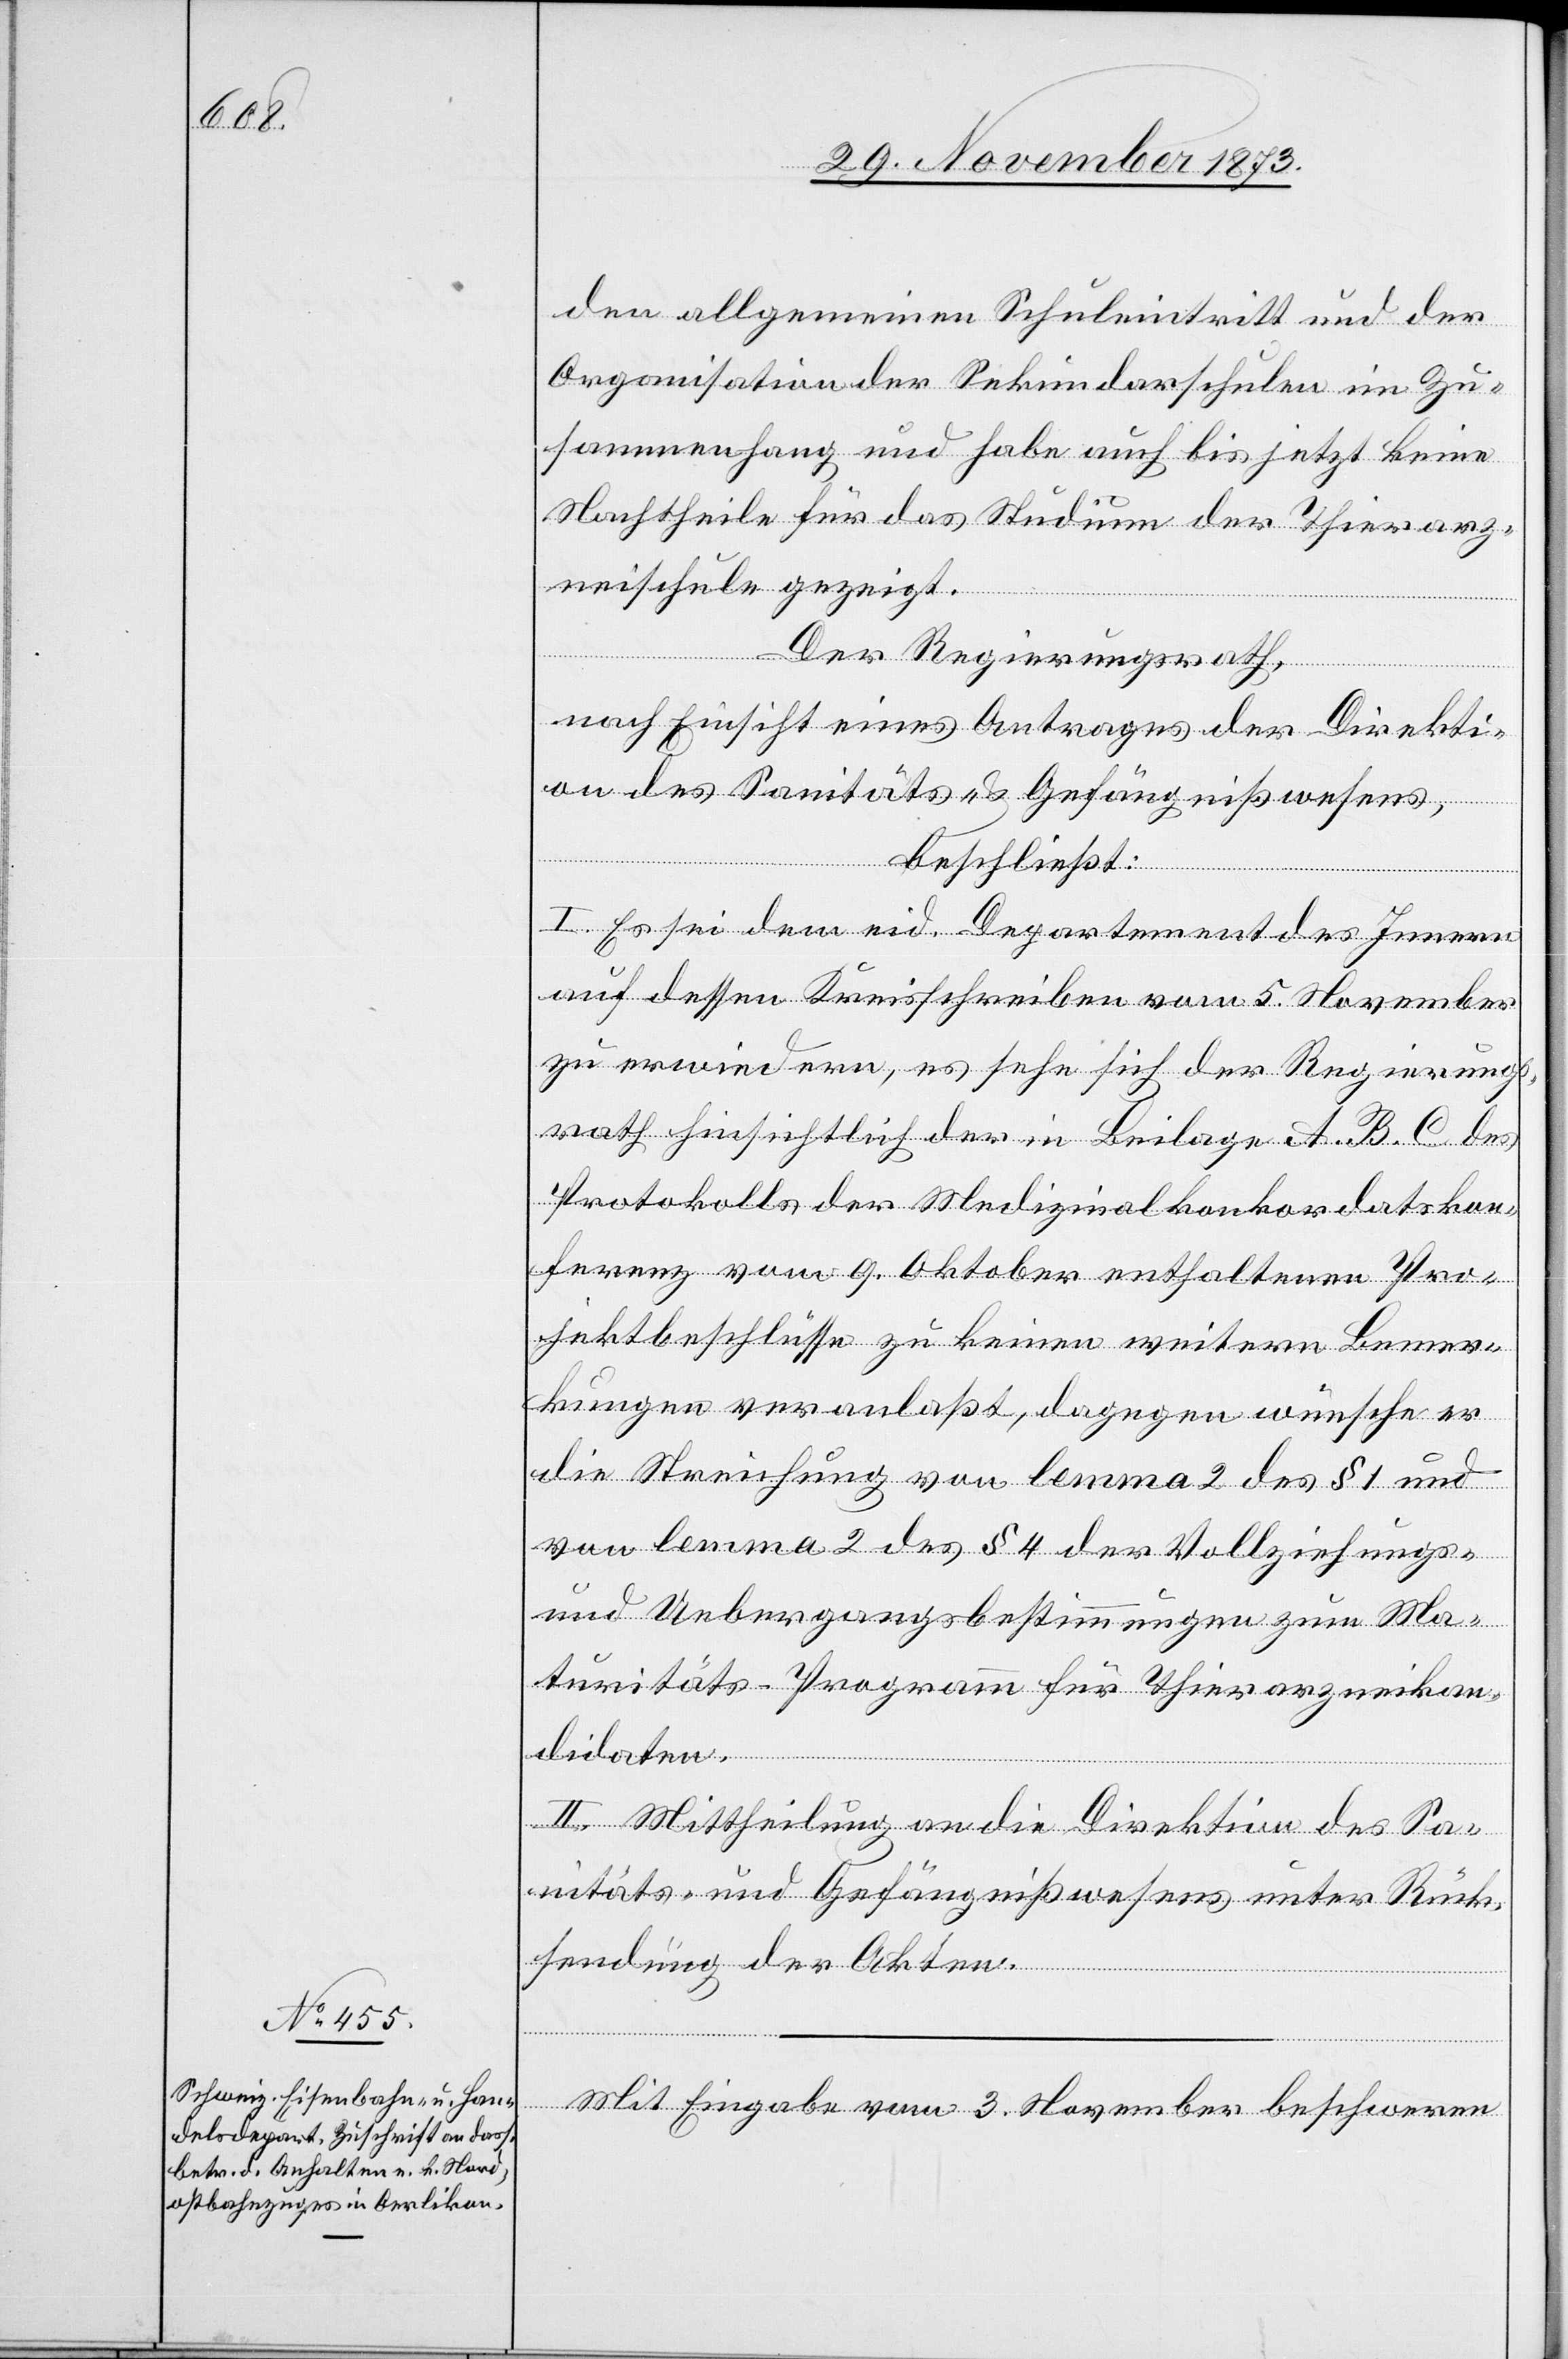
den allgemeinen Schuleintritt und der
Organisation der Sekundarschulen im Zu¬
sammenhang und habe auch bis jetzt keine
Nachtheile für das Studium der Thierarz¬
neischule gezeigt.
Der Regierungsrath,
nach Einsicht eines Antrages der Direkti¬
on des Sanitäts- & Gefängnißwesens,
beschließt:
I. Es sei dem eid. Departement des Innern
auf dessen Kreisschreiben vom 5. November
zu erwiedern, es sehe sich der Regierung¬
srath hinsichtlich der in Beilage A. B. C des
Protokolls der Medizinalkonkordatskon¬
ferenz vom 9. Oktober enthaltenen Pro¬
jektbeschlüsse zu keinen weitern Bemer¬
kungen veranlaßt, dagegen wünsche er
die Streichung von lemma 2 des § 1 und
von lemma 2 des § 4 der Vollziehungs-
und Uebergangsbestimmungen zum Ma¬
turitäts-Programm für Thierarzneikan¬
didaten.
II. Mittheilung an die Direktion des Sa¬
nitäts- und Gefängnißwesens unter Rück¬
sendung der Akten.
Mit Eingabe vom 3. November beschweren